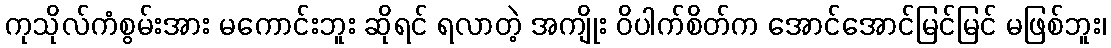
ကုသိုလ်ကံစွမ်းအား မကောင်းဘူး ဆိုရင် ရလာတဲ့ အကျိုး ဝိပါက်စိတ်က အောင်အောင်မြင်မြင် မဖြစ်ဘူး၊